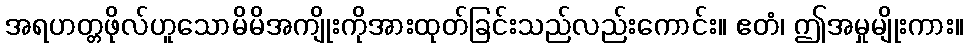
အရဟတ္တဖိုလ်ဟူသောမိမိအကျိုးကိုအားထုတ်ခြင်းသည်လည်းကောင်း။ ဧတံ၊ ဤအမှုမျိုးကား။